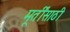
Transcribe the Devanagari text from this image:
मूर्तींसाठी